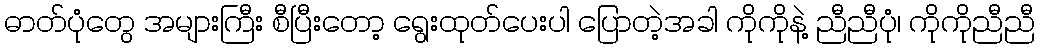
ဓာတ်ပုံတွေ အများကြီး စီပြီးတော့ ရွေးထုတ်ပေးပါ ပြောတဲ့အခါ ကိုကိုနဲ့ ညီညီပုံ၊ ကိုကိုညီညီ